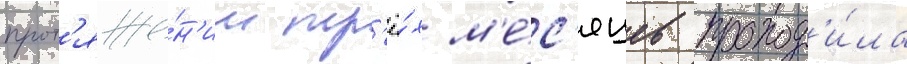
прот'яже́н'ии тр'ё́х м'е́с'яцев проход'и́ла